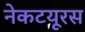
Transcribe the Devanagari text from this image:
नेकटयूरस